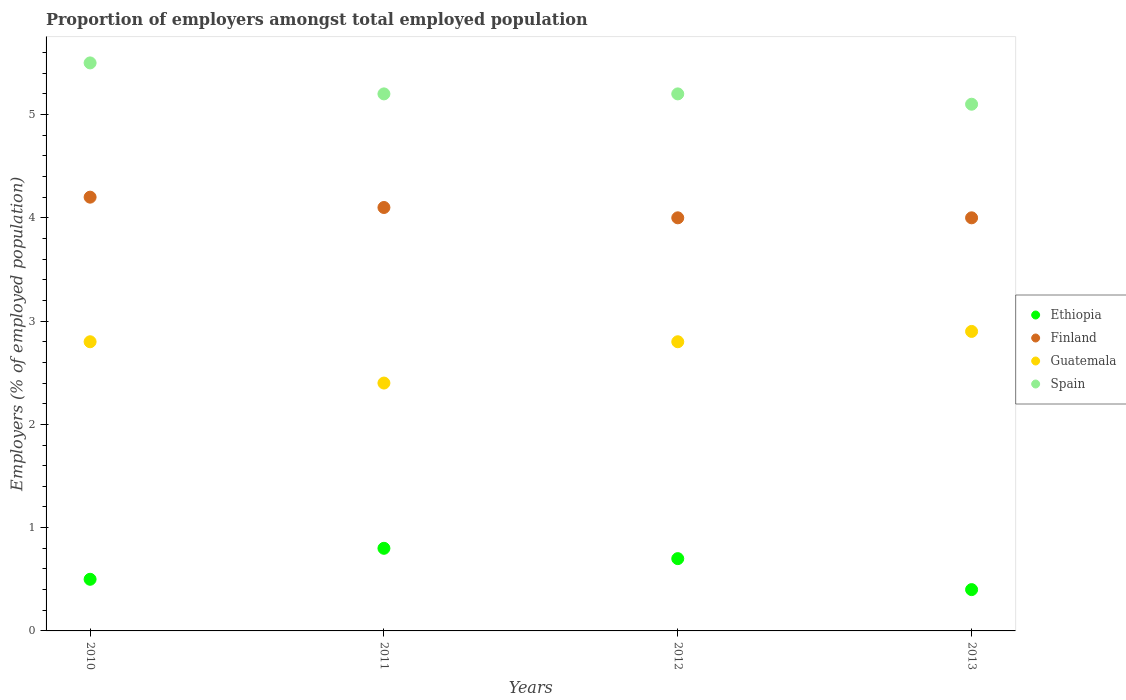
| Years | Ethiopia | Finland | Guatemala | Spain |
 | --- | --- | --- | --- | --- |
 | 2010 | 0.5 | 4.2 | 2.8 | 5.5 |
 | 2011 | 0.8 | 4.1 | 2.4 | 5.2 |
 | 2012 | 0.7 | 4 | 2.8 | 5.2 |
 | 2013 | 0.4 | 4 | 2.9 | 5.1 |